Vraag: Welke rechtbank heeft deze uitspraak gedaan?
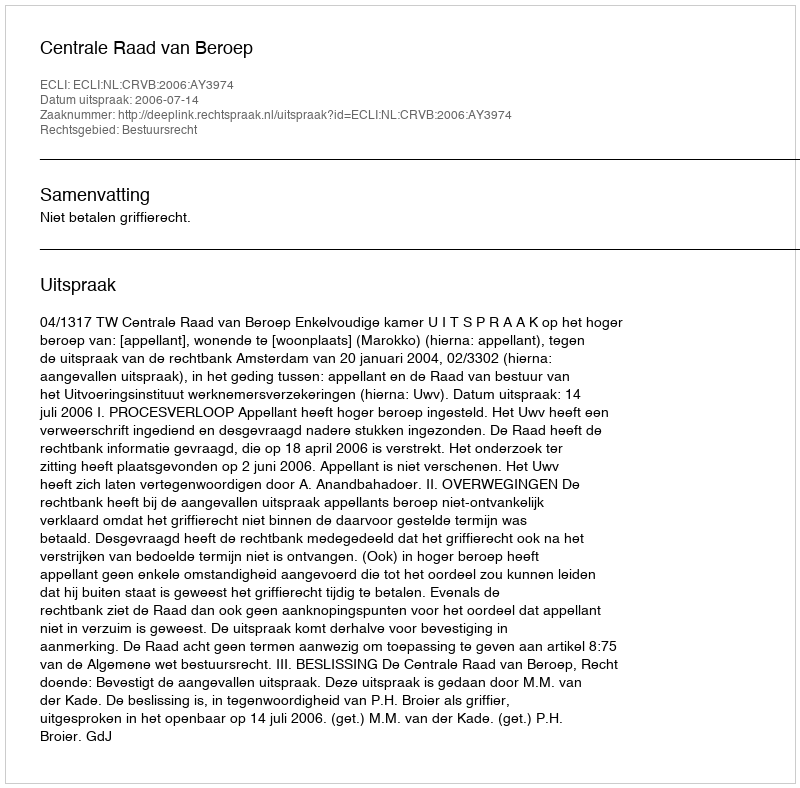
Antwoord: Centrale Raad van Beroep